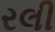
રલી